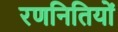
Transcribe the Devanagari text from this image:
रणनितियों